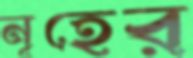
নূহের